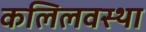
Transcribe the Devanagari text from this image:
कलिलवस्था